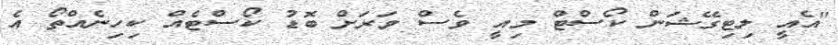
"އެއީ ލިޓިގޭޝަން ކޯސްޓް މިއީ ވެސް ވަރަށް ބޮޑު ކޯސްޓެއް ކިހިނެއްތޯ އެ